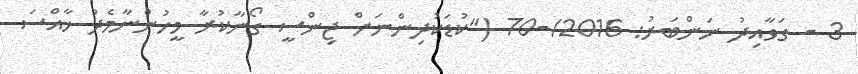
3 - ގަވާއިދު ނަންބަރު: 2016/-70 ("ކުޑަކުދިންނަށް ޖިންސީ ގޯނާކުރާ މީހުންނާމެދު ޚާއްސަ